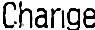
CHANGE